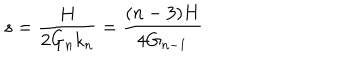
s = \frac { H } { 2 G _ { n } k _ { n } } = \frac { ( n - 3 ) H } { 4 G _ { n - 1 } }